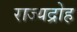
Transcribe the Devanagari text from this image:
राज्यद्रोह